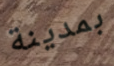
بمدينة